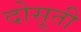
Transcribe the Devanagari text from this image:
दोसूती